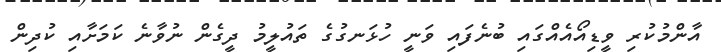
އާންމުކުރި ވީޑިއޯއެއްގައި ބުނެފައި ވަނީ ހުޅަނގުގެ ތައުލީމު ދީގެން ނުވާނެ ކަމަށާއި ކުދިން